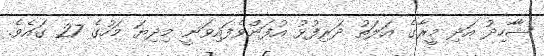
ޝާާހިދު އަދި މީރާގެ އަލަތު ދަރިފުޅު އުފަންވެފައިވަނީ މިދިޔަ މަހުގެ 27 ގައެވެ.